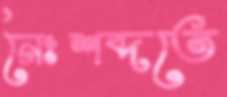
নৈঃশব্দতে